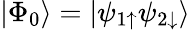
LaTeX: \left|\Phi_{0}\right>=\left|\psi_{1\uparrow}\psi_{2\downarrow}\right>